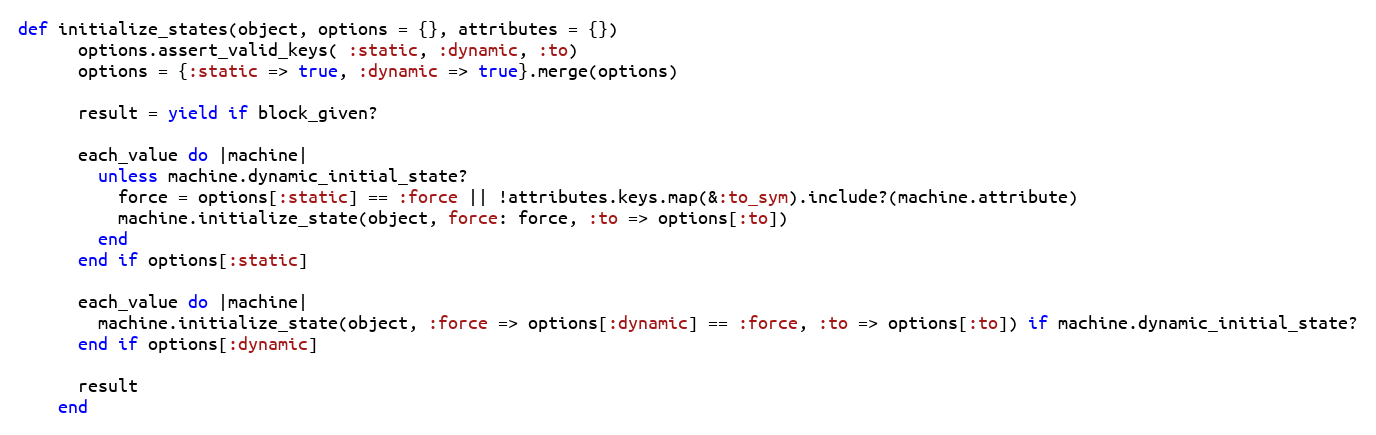
Language: Ruby
def initialize_states(object, options = {}, attributes = {})
      options.assert_valid_keys( :static, :dynamic, :to)
      options = {:static => true, :dynamic => true}.merge(options)

      result = yield if block_given?

      each_value do |machine|
        unless machine.dynamic_initial_state?
          force = options[:static] == :force || !attributes.keys.map(&:to_sym).include?(machine.attribute)
          machine.initialize_state(object, force: force, :to => options[:to])
        end
      end if options[:static]

      each_value do |machine|
        machine.initialize_state(object, :force => options[:dynamic] == :force, :to => options[:to]) if machine.dynamic_initial_state?
      end if options[:dynamic]

      result
    end